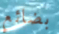
بضائع